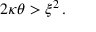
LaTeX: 2 \kappa \theta > \xi ^ { 2 } \, .